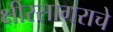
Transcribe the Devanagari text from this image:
क्षीरसागराचे